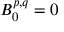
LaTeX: B _ { 0 } ^ { p , q } = 0